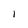
Character: I